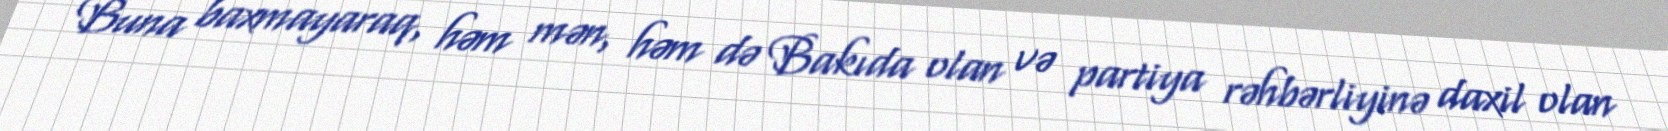
Buna baxmayaraq, həm mən, həm də Bakıda olan və partiya rəhbərliyinə daxil olan